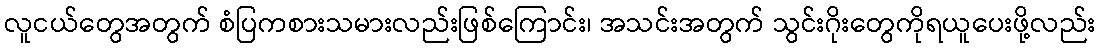
လူငယ်တွေအတွက် စံပြကစားသမားလည်းဖြစ်ကြောင်း၊ အသင်းအတွက် သွင်းဂိုးတွေကိုရယူပေးဖို့လည်း